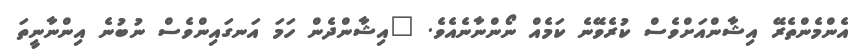
އެންމެންތެރޭ އިޝާންއަށްވެސް ކުރެވޭނެ ކަމެއް ނޯންނާނެއެވެ. "އިޝާންދެން ހަމަ އަނގައިންވެސް ނުބުނެ އިންނާނީތަ